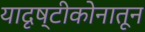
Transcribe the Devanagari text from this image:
यादृष्टीकोनातून